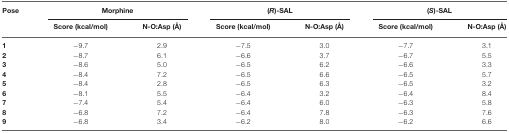
<table><thead><tr><td><b>Pose</b></td><td colspan="2"><b>Morphine</b></td><td colspan="2"><b>(<i>R</i>)-SAL</b></td><td colspan="2"><b>(<i>S</i>)-SAL</b></td></tr><tr><td></td><td><b>Score (kcal/mol)</b></td><td><b>N-O:Asp (Å)</b></td><td><b>Score (kcal/mol)</b></td><td><b>N-O:Asp (Å)</b></td><td><b>Score (kcal/mol)</b></td><td><b>N-O:Asp (Å)</b></td></tr></thead><tbody><tr><td><b>1</b></td><td>−9.7</td><td>2.9</td><td>−7.5</td><td>3.0</td><td>−7.7</td><td>3.1</td></tr><tr><td><b>2</b></td><td>−8.7</td><td>6.1</td><td>−6.6</td><td>3.7</td><td>−6.7</td><td>5.5</td></tr><tr><td><b>3</b></td><td>−8.6</td><td>5.0</td><td>−6.5</td><td>6.2</td><td>−6.6</td><td>3.3</td></tr><tr><td><b>4</b></td><td>−8.4</td><td>7.2</td><td>−6.5</td><td>6.6</td><td>−6.5</td><td>5.7</td></tr><tr><td><b>5</b></td><td>−8.4</td><td>2.8</td><td>−6.5</td><td>6.3</td><td>−6.5</td><td>3.2</td></tr><tr><td><b>6</b></td><td>−8.1</td><td>5.5</td><td>−6.4</td><td>3.2</td><td>−6.4</td><td>8.4</td></tr><tr><td><b>7</b></td><td>−7.4</td><td>5.4</td><td>−6.4</td><td>6.0</td><td>−6.3</td><td>5.8</td></tr><tr><td><b>8</b></td><td>−6.8</td><td>7.2</td><td>−6.4</td><td>7.8</td><td>−6.3</td><td>7.6</td></tr><tr><td><b>9</b></td><td>−6.8</td><td>3.4</td><td>−6.2</td><td>8.0</td><td>−6.2</td><td>6.6</td></tr></tbody></table>